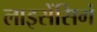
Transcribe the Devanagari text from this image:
लाइसेंसिगं